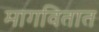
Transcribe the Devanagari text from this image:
मागवितात